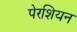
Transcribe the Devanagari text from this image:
पेरशियन